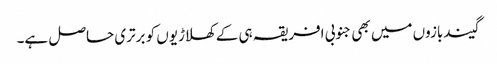
گیندبازوں میں بھی جنوبی افریقہ ہی کے کھلاڑیوں کو برتری حاصل ہے۔